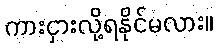
ကားငှားလို့ရနိုင်မလား။